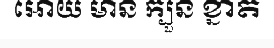
អោយ មាន ក្បួន ខ្នាត